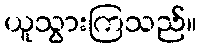
ယူသွားကြသည်။